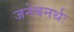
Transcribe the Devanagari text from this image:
जनेबनर्थः